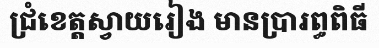
ជ្រំខេត្តស្វាយរៀង មានប្រារព្ធពិធី